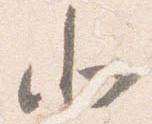
北